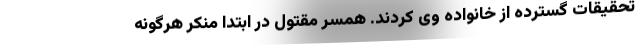
تحقیقات گسترده از خانواده وی کردند. همسر مقتول در ابتدا منکر هرگونه